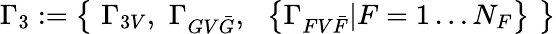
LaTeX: \Gamma_{3}:=\left\{ \, \, \Gamma_{3V},\, \, \Gamma_{GV{\bar{G}}},\, \, \, \, \left\{ \Gamma_{FV{\bar{F}}}|F=1\ldots N_{F}\right\} \, \, \right\}